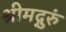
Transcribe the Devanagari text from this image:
श्रीमद्गुरुं